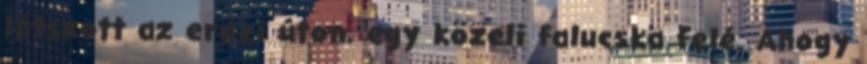
látszott az erdei úton, egy közeli falucska felé. Ahogy